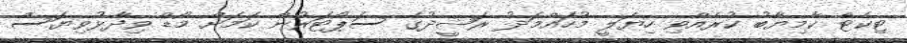
ޓިކެޓް ކާމިޔާބު ކުރެއްވި ހިޔަލީ މުހައްމަދު ރަޝީދުގެ ސަޕޯޓަރުން ކަމަށް މޯޑް ވިދާޅުވިޔަސް